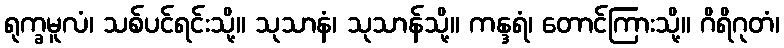
ရုက္ခမူလံ၊ သစ်ပင်ရင်းသို့။ သုသာနံ၊ သုသာန်သို့။ ကန္ဒရံ၊ တောင်ကြားသို့။ ဂိရိဂုတံ၊